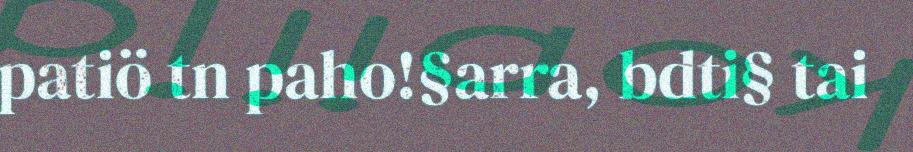
patiö tn paho!§arra, bdti§ tai